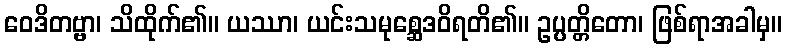
ဝေဒိတဗ္ဗာ၊ သိထိုက်၏။ ယဿာ၊ ယင်းသမုစ္ဆေဒဝိရတိ၏။ ဥပ္ပတ္တိတော၊ ဖြစ်ရာအခါမှ။